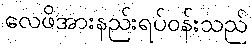
လေဖိအားနည်းရပ်ဝန်းသည်